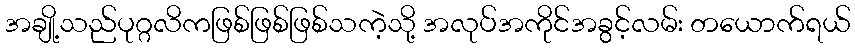
အချို့သည်ပုဂ္ဂလိကဖြစ်ဖြစ်ဖြစ်သကဲ့သို့ အလုပ်အကိုင်အခွင့်လမ်း တယောက်ရယ်